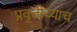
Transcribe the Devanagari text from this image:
प्रवृत्तीच्याच